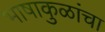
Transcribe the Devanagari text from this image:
भाषाकुळांचा